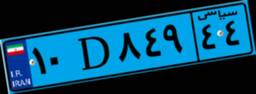
۱۰D۸۴۹۴۴